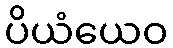
ပိယံယေဝ